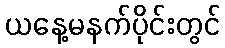
ယနေ့မနက်ပိုင်းတွင်